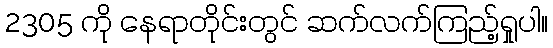
2305 ကို နေရာတိုင်းတွင် ဆက်လက်ကြည့်ရှုပါ။